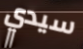
سيدي